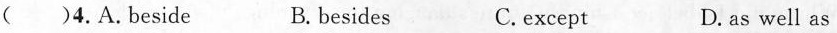
( )4.A.Beside B. besides C.except D.as well as